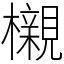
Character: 櫬